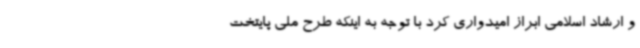
و ارشاد اسلامی ابراز امیدواری کرد با توجه به اینکه طرح ملی پایتخت